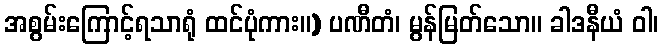
အစွမ်းကြောင့်ရသာရုံ ထင်ပုံကား။) ပဏီတံ၊ မွန်မြတ်သော။ ခါဒနီယံ ဝါ၊